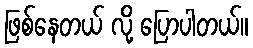
ဖြစ်နေတယ် လို့ ပြောပါတယ်။